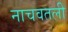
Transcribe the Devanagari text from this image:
नाचवतली